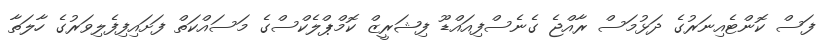
ފަސް ކޮންޓެއިނަރުގެ ދަޅުމަސް ރާއްޖެ ގެނެސްފިއައްޑޫ ފިޝަރީޒް ކޮމްޕްލެކްސްގެ މަސައްކަތް ފަށައިފިފެލިވަރުގެ ހާލަތާ